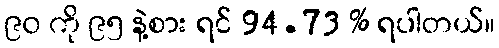
၉၀ ကို ၉၅ နဲ့စား ရင် 94.73 % ရပါတယ်။